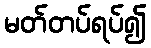
မတ်တပ်ရပ်၍